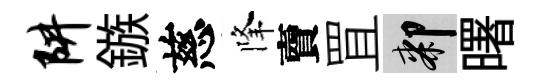
阱鏃慈降𧶠罝膝曙